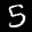
Label: 5